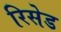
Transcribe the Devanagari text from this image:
रिसेड